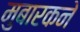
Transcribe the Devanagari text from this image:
मुबारकने